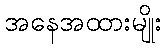
အနေအထားမျိုး